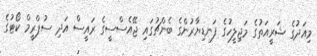
މިއަދުގެ ޝަރީއަތުގެ މަޖިލީހުގެ ފަނޑިޔާރުންގެ ބެންޗުގައި ޖޭއެސްސީގެ ރައީސް އަދި ސުޕްރީމް ކޯޓުގެ